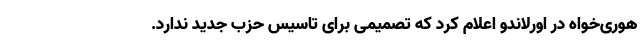
هوری‌خواه در اورلاندو اعلام کرد که تصمیمی برای تأسیس حزب جدید ندارد.